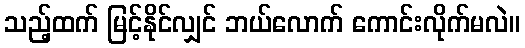
သည့်ထက် မြင့်နိုင်လျှင် ဘယ်လောက် ကောင်းလိုက်မလဲ။